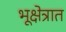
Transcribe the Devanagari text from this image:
भूक्षेत्रात